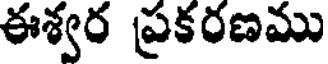
ఈశ్వర ప్రకరణము